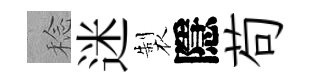
稔迷製隱苟